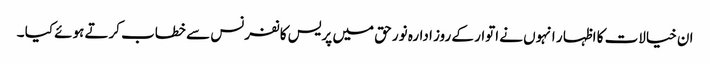
ان خیالات کا اظہا ر انہوں نے اتوار کے روز ادارہ نور حق میں پریس کانفرنس سے خطاب کرتے ہوئے کیا ۔